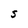
Character: S